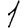
Digit: 1